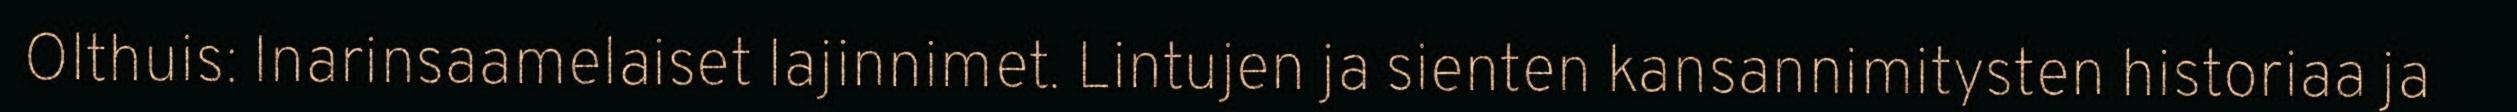
Olthuis: Inarinsaamelaiset lajinnimet. Lintujen ja sienten kansannimitysten historiaa ja